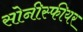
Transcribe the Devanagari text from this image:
सोनीस्फीयर